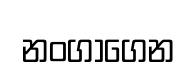
නංගාගෙන